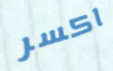
اكسر